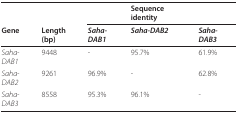
<table><thead><tr><td></td><td></td><td></td><td><b>Sequence identity</b></td><td></td></tr><tr><td><b>Gene</b></td><td><b>Length (bp)</b></td><td><b><i>Saha-DAB1</i></b></td><td><b><i>Saha-DAB2</i></b></td><td><b><i>Saha-DAB3</i></b></td></tr></thead><tbody><tr><td><i>Saha-DAB1</i></td><td>9448</td><td>-</td><td>95.7%</td><td>61.9%</td></tr><tr><td><i>Saha-DAB2</i></td><td>9261</td><td>96.9%</td><td>-</td><td>62.8%</td></tr><tr><td><i>Saha-DAB3</i></td><td>8558</td><td>95.3%</td><td>96.1%</td><td>-</td></tr></tbody></table>